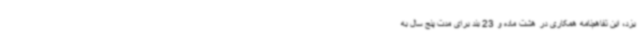
یزد، این تفاهم‌نامه همکاری در هشت ماده و 23 بند برای مدت پنج سال به